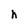
Character: h